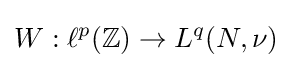
W:\ell ^{p}(\mathbb {Z} )\to L^{q}(N,\nu )